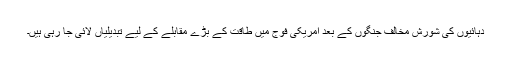
دہائیوں کی شورش مخالف جنگوں کے بعد امریکی فوج میں طاقت کے بڑے مقابلے کے لیے تبدیلیاں لائی جا رہی ہیں۔